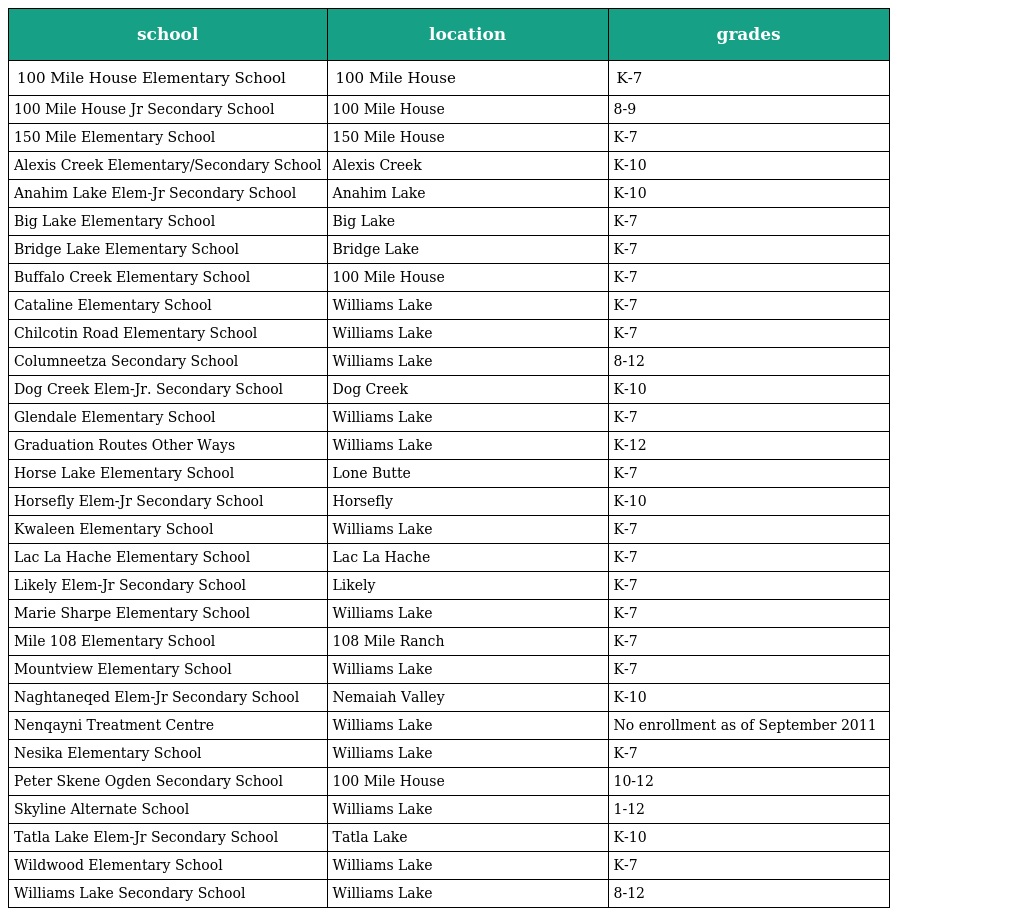
| school | location | grades |
 | --- | --- | --- |
 | 100 Mile House Elementary School | 100 Mile House | K-7 |
 | 100 Mile House Jr Secondary School | 100 Mile House | 8-9 |
 | 150 Mile Elementary School | 150 Mile House | K-7 |
 | Alexis Creek Elementary/Secondary School | Alexis Creek | K-10 |
 | Anahim Lake Elem-Jr Secondary School | Anahim Lake | K-10 |
 | Big Lake Elementary School | Big Lake | K-7 |
 | Bridge Lake Elementary School | Bridge Lake | K-7 |
 | Buffalo Creek Elementary School | 100 Mile House | K-7 |
 | Cataline Elementary School | Williams Lake | K-7 |
 | Chilcotin Road Elementary School | Williams Lake | K-7 |
 | Columneetza Secondary School | Williams Lake | 8-12 |
 | Dog Creek Elem-Jr. Secondary School | Dog Creek | K-10 |
 | Glendale Elementary School | Williams Lake | K-7 |
 | Graduation Routes Other Ways | Williams Lake | K-12 |
 | Horse Lake Elementary School | Lone Butte | K-7 |
 | Horsefly Elem-Jr Secondary School | Horsefly | K-10 |
 | Kwaleen Elementary School | Williams Lake | K-7 |
 | Lac La Hache Elementary School | Lac La Hache | K-7 |
 | Likely Elem-Jr Secondary School | Likely | K-7 |
 | Marie Sharpe Elementary School | Williams Lake | K-7 |
 | Mile 108 Elementary School | 108 Mile Ranch | K-7 |
 | Mountview Elementary School | Williams Lake | K-7 |
 | Naghtaneqed Elem-Jr Secondary School | Nemaiah Valley | K-10 |
 | Nenqayni Treatment Centre | Williams Lake | No enrollment as of September 2011 |
 | Nesika Elementary School | Williams Lake | K-7 |
 | Peter Skene Ogden Secondary School | 100 Mile House | 10-12 |
 | Skyline Alternate School | Williams Lake | 1-12 |
 | Tatla Lake Elem-Jr Secondary School | Tatla Lake | K-10 |
 | Wildwood Elementary School | Williams Lake | K-7 |
 | Williams Lake Secondary School | Williams Lake | 8-12 |